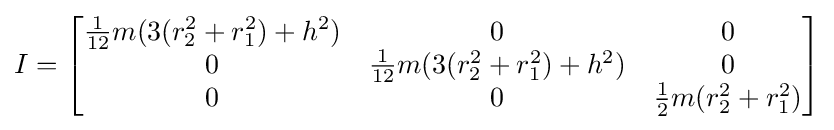
I={\begin{bmatrix}{\frac {1}{12}}m(3(r_{2}^{2}+r_{1}^{2})+h^{2})&0&0\\0&{\frac {1}{12}}m(3(r_{2}^{2}+r_{1}^{2})+h^{2})&0\\0&0&{\frac {1}{2}}m(r_{2}^{2}+r_{1}^{2})\end{bmatrix}}